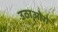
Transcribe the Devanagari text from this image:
उठाओगे